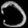
Digit: ၁